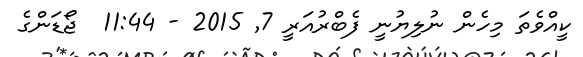
ކީއްވެތަ މިހެން ނުލިޔުނީ ފެބްރުއަރީ 7